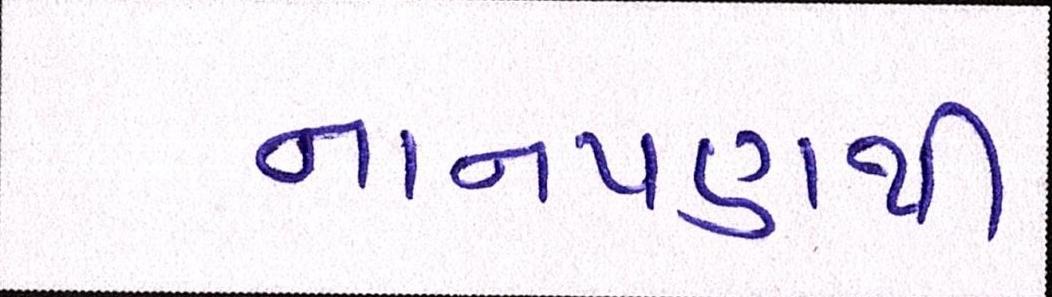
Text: નાનપણથી